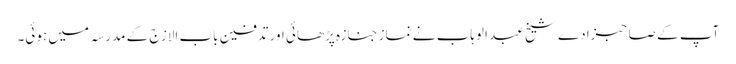
آپ کے صاحبزادے شیخ عبد الوہاب نے نماز جنازہ پڑھائی اور تدفین باب الازج کے مدرسہ میں ہوئی۔